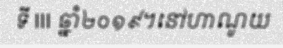
ទី III ឆ្នាំ២០១៩។នៅហាណូយ